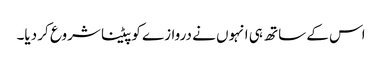
اس کے ساتھ ہی انہوں نے دروازے کو پیٹنا شروع کر دیا۔